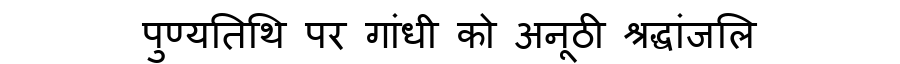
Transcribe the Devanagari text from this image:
पुण्यतिथि पर गांधी को अनूठी श्रद्धांजलि